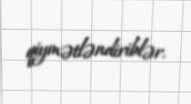
qiymətləndiriblər.